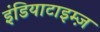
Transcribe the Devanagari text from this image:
इंडियाटाइम्‍ज़